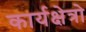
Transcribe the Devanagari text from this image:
कार्यक्षेत्रो